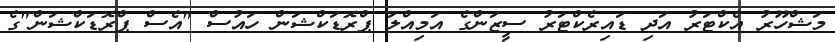
މަޝްހޫރު އެކްޓަރު އަދި ޑައިރެކްޓަރު ސީޒަންގެ އަމިއްލަ ޕްރޮޑަކްޝަން ހައުސް "އެސް ޕްރޮޑަކްޝަން"ގެ